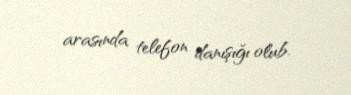
arasında telefon danışığı olub.